Scottish Certificate of Education, 1962
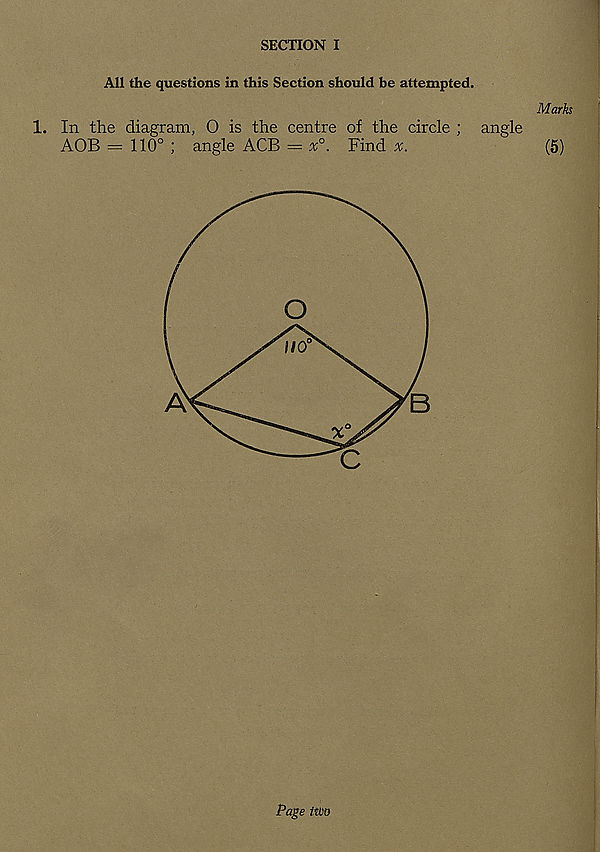
SECTION I
All the questions in this Section should be attempted.
Marks
1. In the diagram, O is the centre of the circle ; angle
AOB = 110° ; angle ACB = x°. Find
(5)
Page two